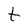
Character: t